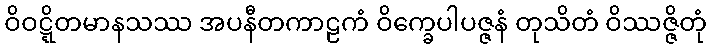
ဝိဝဋ္ဋိတမာနသဿ အပနီတကာဠကံ ဝိက္ခေပါပဇ္ဇနံ တုသိတံ ဝိဿဇ္ဇိတုံ